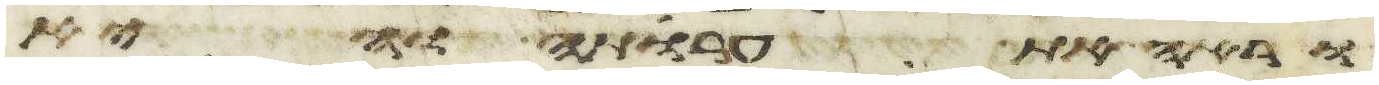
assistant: וראה את ערותה והיא